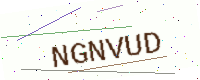
Text: NGNVUD